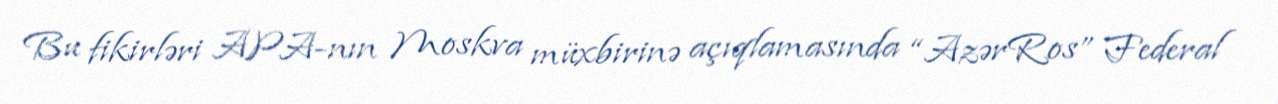
Bu fikirləri APA-nın Moskva müxbirinə açıqlamasında “AzərRos” Federal